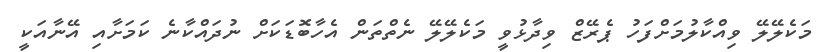
މަކެލޭލޭ ވިއްކާލުމަށްފަހު ޕެރޭޒް ވިދާޅުވީ މަކެލޭލޭ ނެތްތަން އެހާބޮޑަކަށް ނުދައްކާނެ ކަމަށާއި އޭނާއަކީ